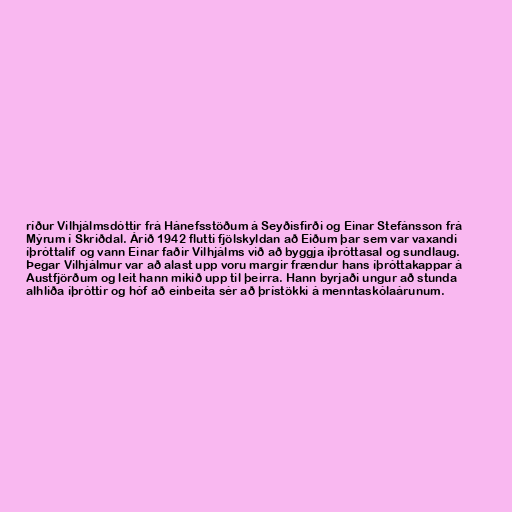
ríður Vilhjálmsdóttir frá Hánefsstöðum á Seyðisfirði og Einar Stefánsson frá
Mýrum í Skriðdal. Árið 1942 flutti fjölskyldan að Eiðum þar sem var vaxandi
íþróttalíf og vann Einar faðir Vilhjálms við að byggja íþróttasal og sundlaug.
Þegar Vilhjálmur var að alast upp voru margir frændur hans íþróttakappar á
Austfjörðum og leit hann mikið upp til þeirra. Hann byrjaði ungur að stunda
alhliða íþróttir og hóf að einbeita sér að þrístökki á menntaskólaárunum.